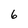
Character: 6